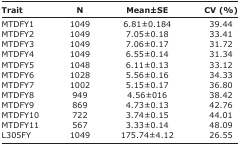
<table><thead><tr><td><b>Trait</b></td><td><b>N</b></td><td><b>Mean±SE</b></td><td><b>CV (%)</b></td></tr></thead><tbody><tr><td>MTDFY1</td><td>1049</td><td>6.81±0.184</td><td>39.44</td></tr><tr><td>MTDFY2</td><td>1049</td><td>7.05±0.18</td><td>33.41</td></tr><tr><td>MTDFY3</td><td>1049</td><td>7.06±0.17</td><td>31.72</td></tr><tr><td>MTDFY4</td><td>1049</td><td>6.55±0.14</td><td>31.34</td></tr><tr><td>MTDFY5</td><td>1048</td><td>6.11±0.13</td><td>33.12</td></tr><tr><td>MTDFY6</td><td>1028</td><td>5.56±0.16</td><td>34.33</td></tr><tr><td>MTDFY7</td><td>1002</td><td>5.15±0.17</td><td>36.80</td></tr><tr><td>MTDFY8</td><td>949</td><td>4.56±016</td><td>38.42</td></tr><tr><td>MTDFY9</td><td>869</td><td>4.73±0.13</td><td>42.76</td></tr><tr><td>MTDFY10</td><td>722</td><td>3.74±0.15</td><td>44.01</td></tr><tr><td>MTDFY11</td><td>567</td><td>3.33±0.14</td><td>48.09</td></tr><tr><td>L305FY</td><td>1049</td><td>175.74±4.12</td><td>26.55</td></tr></tbody></table>